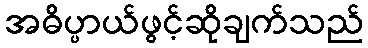
အဓိပ္ပာယ်ဖွင့်ဆိုချက်သည်